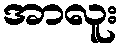
အာလူး